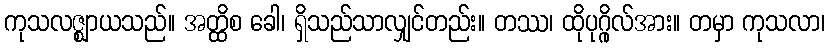
ကုသလဇ္ဈာယသည်။ အတ္ထိစ ခေါ၊ ရှိသည်သာလျှင်တည်း။ တဿ၊ ထိုပုဂ္ဂိုလ်အား။ တမှာ ကုသလာ၊